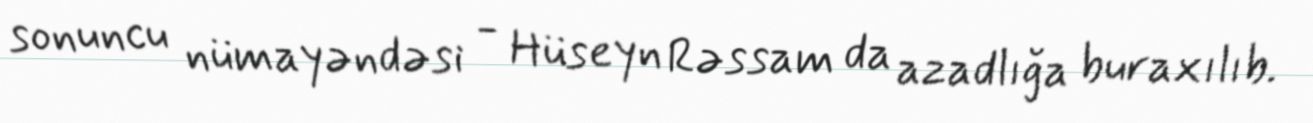
sonuncu nümayəndəsi - Hüseyn Rəssam da azadlığa buraxılıb.